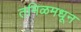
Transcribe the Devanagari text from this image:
तमिळमधून